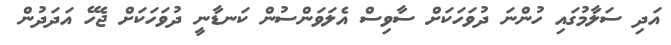
އަދި ސަލާމުގައި ހުންނަ ދުވަހަކަށް ސާވިސް އެލަވަންސުން ކަނޑާނީ ދުވަހަކަށް ޖެހޭ އަދަދުން